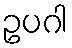
ဥပဂါ